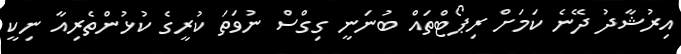
އިރުޝާދު ދޭނެ ކަމަށް ރިޕޯޓްތައް ބުނަނީ ގިގްސް ނުވަތަ ކުރީގެ ކުޅުންތެރިއާ ނިކީ